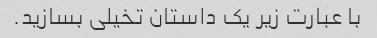
با عبارت زیر یک داستان تخیلی بسازید.